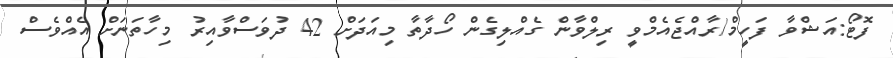
ފޮޓޯ:އަޝްވާ ފަހީމް/ރާއްޖެއެމްވީ ރިލްވާން ގެއްލިގެން ހޯދާތާ މިއަދަށް 42 ދުވަސްވާއިރު މިހާތަނަށް އެއްވެސް